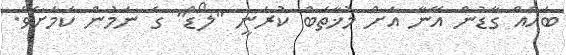
ބައެއް ގާޑުން އޭނާ އަށް މުޚާތަބް ކުރަނީ "ލޯޑް" ގެ ނަމުން ކަމަށެވެ.